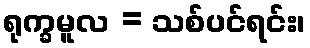
ရုက္ခမူလ = သစ်ပင်ရင်း၊